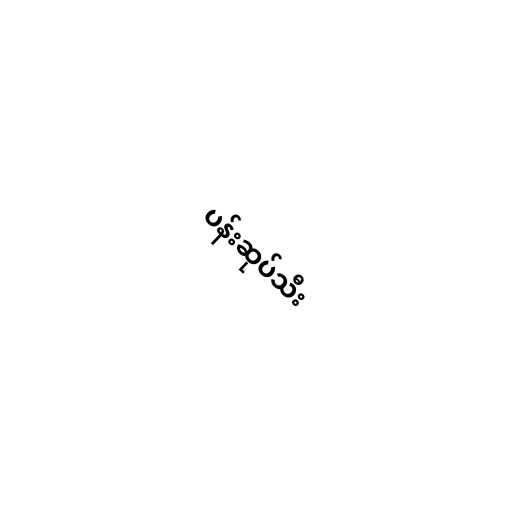
ပန်းဆုပ်သီး